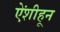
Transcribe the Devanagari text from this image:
ऐंशीहून